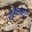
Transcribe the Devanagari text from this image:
रोसेनबेर्री